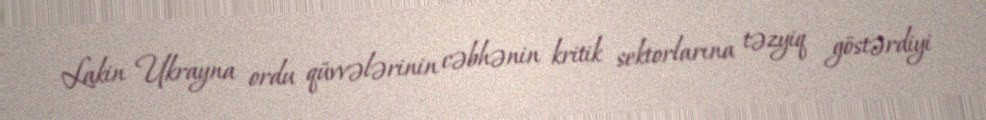
Lakin Ukrayna ordu qüvvələrinin cəbhənin kritik sektorlarına təzyiq göstərdiyi